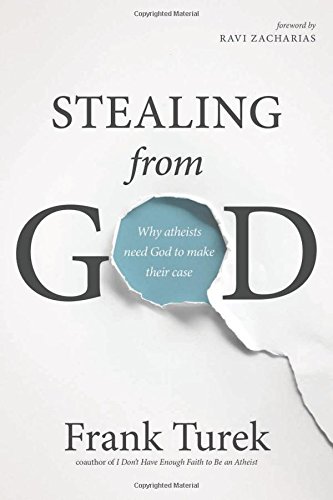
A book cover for Stealing from God: Why Atheists Need God to Make Their Case; Frank Turek; Christian Books & Bibles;